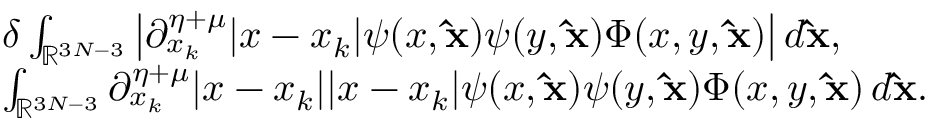
\begin{array} { r l } & { \delta \int _ { \mathbb { R } ^ { 3 N - 3 } } \big | \partial _ { x _ { k } } ^ { \eta + \mu } | x - x _ { k } | \psi ( x , \mathbf { \hat { x } } ) \psi ( y , \mathbf { \hat { x } } ) \Phi ( x , y , \mathbf { \hat { x } } ) \big | \, d \mathbf { \hat { x } } , } \\ & { \int _ { \mathbb { R } ^ { 3 N - 3 } } \partial _ { x _ { k } } ^ { \eta + \mu } | x - x _ { k } | | x - x _ { k } | \psi ( x , \mathbf { \hat { x } } ) \psi ( y , \mathbf { \hat { x } } ) \Phi ( x , y , \mathbf { \hat { x } } ) \, d \mathbf { \hat { x } } . } \end{array}